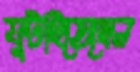
ফুটাইতেছেন